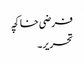
فرضی خاکچہ
تحریر۔